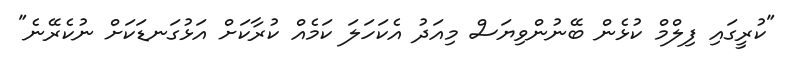
"ކުރީގައި ފިލްމް ކުޅެން ބޭނުންވިޔަސް މިއަދު އެކަހަލަ ކަމެއް ކުރާކަށް އަޅުގަނޑަކަށް ނުކެރޭނެ"